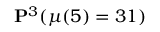
\mathbf { P } ^ { 3 } ( \mu ( 5 ) = 3 1 )